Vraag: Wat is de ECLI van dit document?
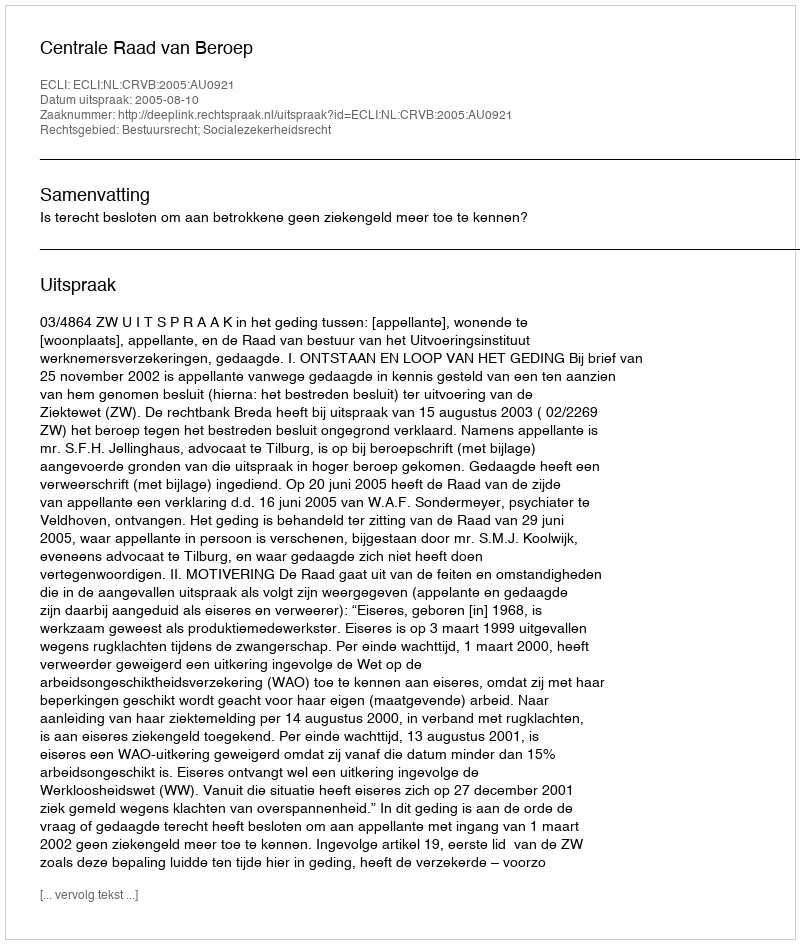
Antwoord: ECLI:NL:CRVB:2005:AU0921